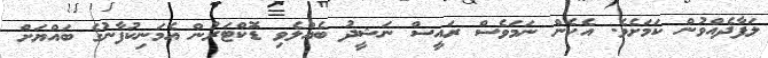
ލަފާދެއްވުން ކަމަށެވެ. އެހެން ނަމަވެސް ރައީސް ނަޝީދު ބެއްލެވި ޑޮކްޓަރުން އެމަނިކުފާނުގެ ބައްޔަށް